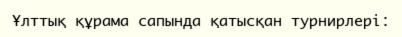
Ұлттық құрама сапында қатысқан турнирлері: